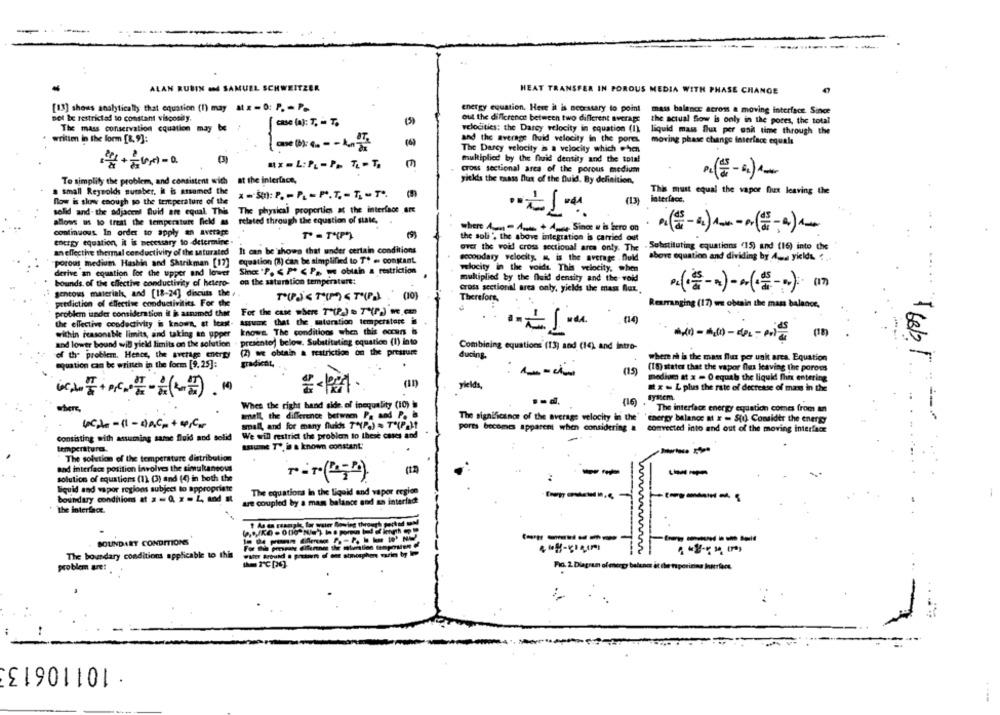
-
ALAN RUBIN and SAMUEL SCHWEITZER
HEAT TRANSFER IN POROUS MEDIA WITH PHASE CHANGE
[13] shows analytically that equation (1) may at x- 0: P = P>
energy equation. Here it is necessary to point
mass balance across a moving interface. Since
not be restricted to constant visconily.
(5)
out the difference between two different average
the actual Sow is only in the pores, the total
The mass conservation equation may be /
velocities: the Darcy velocity in equation (1)
liquid mass flux por anil time through the
written in the form [8, 9]:
and the average fluid velocity in the pores.
moving phase change interface equals
The Darcy velocity is a velocity which when
multiplied by the fluid density and the total
cross sectional area of the porous medium
yitkis the maass flux of the fluid. By definition,
To simplify the problem, and consistent with at the interface,
. small Reynolds suraber, it is assumed the
This must equal the vapor flux leaving the
flow is slow enough to the temperature of the
x=>1): P. - P. - P.T. - T -T".
(13) interface.
solid and- the adjacent fluid are equal. This The physical properties at the interface are
-
allows us to treat the temperature field as related through the equation of sale,
where Am - At +4Since w in bero on
Sla
continuous In order to apply an average
energy equation, it is necessary to determine
the soll ", the above integration is carried out
It can be shown that under certain conditions
over the void cross sectional arca only. The
. Substituting equations (15) and (16) into the
an effective thermal conductivity of the saturated
eccoudary velocity & is the average . fluid
above equation and dividing by 4 -. yields. . ..
porous medium Hashin and Shtrikman [17]
equation (1) can be simplified to T+ = constant.
Since "P. < P < Pa we obtain a restriction
velocity in the voids. This velocity, when
derive an equation for the upper and lower
multiplied by the fluid density and the void
bounds. of the cliective conductivity of hetero-
on the saturation temperature:
gencois material, and [18-24] discuss the ,
Cross sectionil area only, yields the mam flux
.. ....
TPS(TIME TIP) (0)
Therefore,
prediction of effective conductivitits For che
Reumaaging (17) we obtain the mass balance,
problem iander consideration it is asnamed thee
For the case where T"(P-) = T(r) m.cm
Assume that the saturation temperature is
the effective conductivity is known, at least-
within reasonable limits, and taking an upper
knows. The conditions when this cours is
and lower bound with yield limits on the solution
presentej below. Substituting equation (1) into
Combining equations (13) and (14) and intro-
of the problem. Hence, the average energy
(2) ac obtain a restriction on the pressure
ducing.
where rå is the mass flux per unk area. Equation
gradichit.
quation can be written in the form [9.25]:
(15)
(18) states that the vapor flex leaving the porous
medium at x = O equal the liquid flux entering
yields,
at x- L plus the rate of decrease of man in the
system.
here,
Whes the right hand side of inequality (10)
(16)
The interface energy eydatich comes from an
smell the difference between Pa and P. is
The significance of the average velocity in the'
energy balance at x - Sto Consider the energy
Ucde-11-dach+ 40 Cm
small, and for many flurichs T"(Pa) = T*(P)t
pores becomes apparent when considering #
comvected into and out of the moving interface
consisting with assuming same fluid and solid
We will restrict the problem to these cases and
temperature.
asune T+, is a known constant.
The solution of the temperature distribution
and interface position involves the simultaneous
--
solution of equations (1) (3) and (4) in both the
..
--
liquid and vapor regions subject to appropriate
The equations In the liquid and vapor ergion
boundary conditions at = = 0. x = Z, tod at
are coupled by a mass balance and an interfact
the interface.
------
BOUNDARY CONDITIONS
5
The boundary conditions applicable to this
problem are:
Fig. 2. Diagram of energy balunos it the niperinias Interfere
.
:
. 101106133